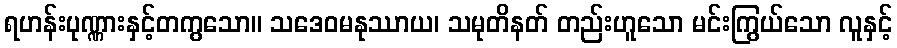
ရဟန်းပုဏ္ဏားနှင့်တကွသော။ သဒေဝမနုဿာယ၊ သမုတိနတ် တည်းဟူသော မင်းကြွယ်သော လူနှင့်